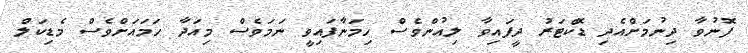
ފޮނުވާ ދިނުމަށްއެދި ޑޮކްޓަރު ދީފައިވާ ލިއުންވެސް ހިމަނާފައިވީ ނަމަވެސް މިއަދާ ހަމައަށްވެސް މެޑިކަލް